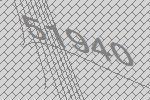
51940